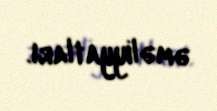
əməliyyatları.